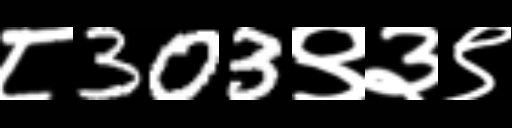
Text: ८303९३९